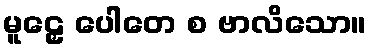
မူဠှေ ပေါတေ စ ဗာလိသော။